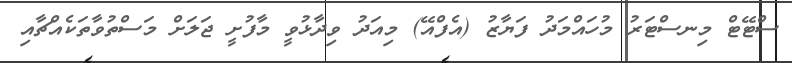
ސްޓޭޓް މިނސްޓަރު މުހައްމަދު ފަޔާޒު (އެފްއޭ) މިއަދު ވިދާޅުވީ މާފުށީ ޖަލަށް މަސްތުވާތަކެއްޗާއި